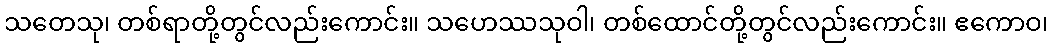
သတေသု၊ တစ်ရာတို့တွင်လည်းကောင်း။ သဟေဿသုဝါ၊ တစ်ထောင်တို့တွင်လည်းကောင်း။ ဧကောဝ၊